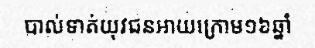
បាល់ទាត់យុវជនអាយក្រោម១៦ឆ្នាំ